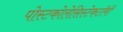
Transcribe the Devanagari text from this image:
पोस्टकोलेसिस्टेकटॉमी